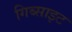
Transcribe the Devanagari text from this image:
गिब्साइट